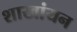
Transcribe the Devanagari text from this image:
शाखांयन